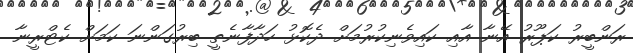
ރަންބީރު ކަޕޫރު އޭނާ އާއި ކައިވެނިކުރުމަށް ދެކޮޅު ހަދާފާނެތީ ބިރުގަންނަ ކަމަށް ކެޓްރީނާ